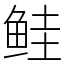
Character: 鲑